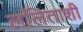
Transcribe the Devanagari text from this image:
ललिताशी